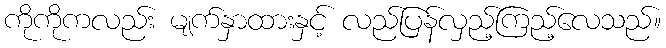
ကိုကိုကလည်း မျက်နှာထားနှင့် လည်ပြန်လှည့်ကြည့်လေသည်။